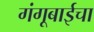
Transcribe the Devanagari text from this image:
गंगूबाईचा